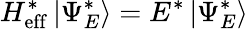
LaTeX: H_{\mathrm{eff}}^{*}\left|\Psi_{E}^{*}\right\rangle=E^{*}\left|\Psi_{E}^{*}\right\rangle